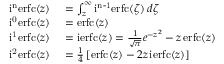
\begin{array} { r l } { \operatorname { i ^ { n } e r f c } ( z ) } & { { } = \int _ { z } ^ { \infty } \operatorname { i ^ { n - 1 } e r f c } ( \zeta ) \, d \zeta } \\ { \operatorname { i ^ { 0 } e r f c } ( z ) } & { { } = \operatorname { e r f c } ( z ) } \\ { \operatorname { i ^ { 1 } e r f c } ( z ) } & { { } = \operatorname { i e r f c } ( z ) = { \frac { 1 } { \sqrt { \pi } } } e ^ { - z ^ { 2 } } - z \operatorname { e r f c } ( z ) } \\ { \operatorname { i ^ { 2 } e r f c } ( z ) } & { { } = { \frac { 1 } { 4 } } \left[ \operatorname { e r f c } ( z ) - 2 z \operatorname { i e r f c } ( z ) \right] } \end{array}